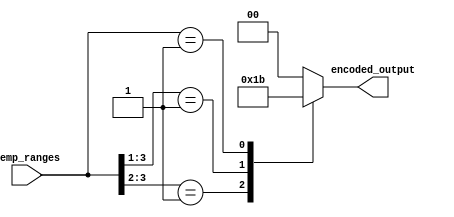
module thermal_encoder (
    input [3:0] temp_ranges,   // 4-bit input indicating active temperature ranges
    output reg [1:0] encoded_output // 2-bit output for encoding the active range
);

// Logic to encode the input ranges to binary output
always @(*) begin
    casez(temp_ranges)
        4'b1??? : encoded_output = 2'b00; // 0-25C
        4'b01?? : encoded_output = 2'b01;  // 26-50C
        4'b001? : encoded_output = 2'b10;  // 51-75C
        4'b0001 : encoded_output = 2'b11;  // 76-100C
        default  : encoded_output = 2'b00;  // default case - no active ranges
    endcase
end

endmodule